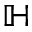
\mathbb { H }